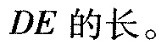
DE的长。